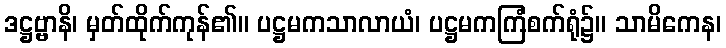
ဒဋ္ဌဗ္ဗာနိ၊ မှတ်ထိုက်ကုန်၏။ ပဋ္ဌမကသာလာယံ၊ ပဋ္ဌမကကြံစက်ရုံ၌။ သာမိကေန၊